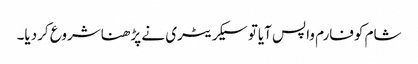
شام کوفارم واپس آیاتو سیکریٹری نے پڑھناشروع کردیا۔